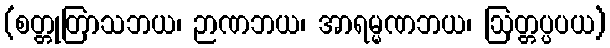
(စတ္တုတြာသဘယ၊ ဉာဏဘယ၊ အာရမ္မဏဘယ၊ ဩတ္တပ္ပပယ)